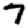
Digit: 7